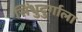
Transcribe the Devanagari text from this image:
सिंधुदुर्गाला